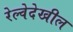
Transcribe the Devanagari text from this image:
रेल्वेदेखील